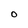
Character: O